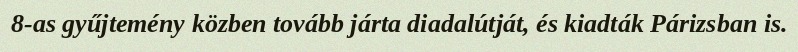
8-as gyűjtemény közben tovább járta diadalútját, és kiadták Párizsban is.